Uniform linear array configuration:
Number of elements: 24
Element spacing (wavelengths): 0.25
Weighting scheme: cosine
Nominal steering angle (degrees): -60
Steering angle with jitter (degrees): -58.23
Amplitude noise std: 0.05
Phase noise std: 0.05

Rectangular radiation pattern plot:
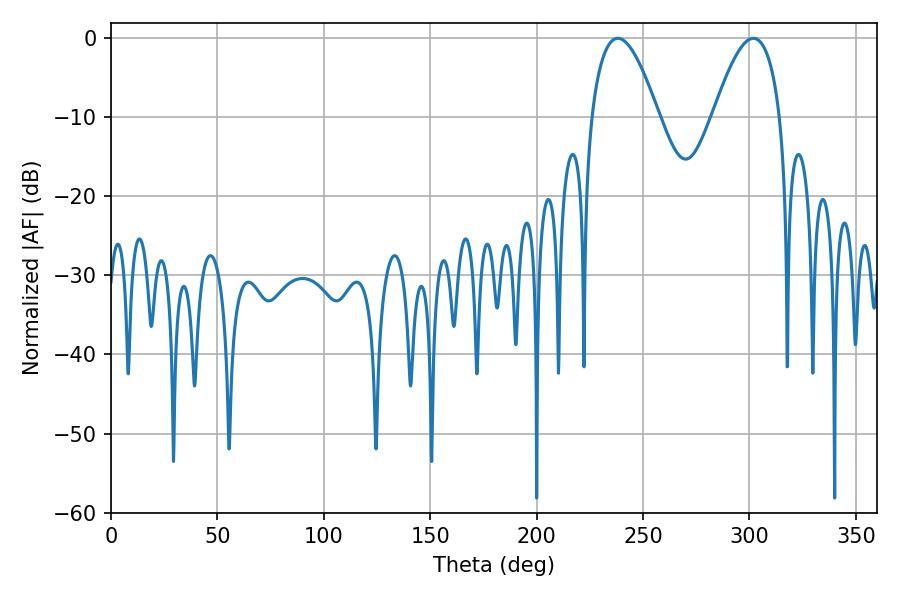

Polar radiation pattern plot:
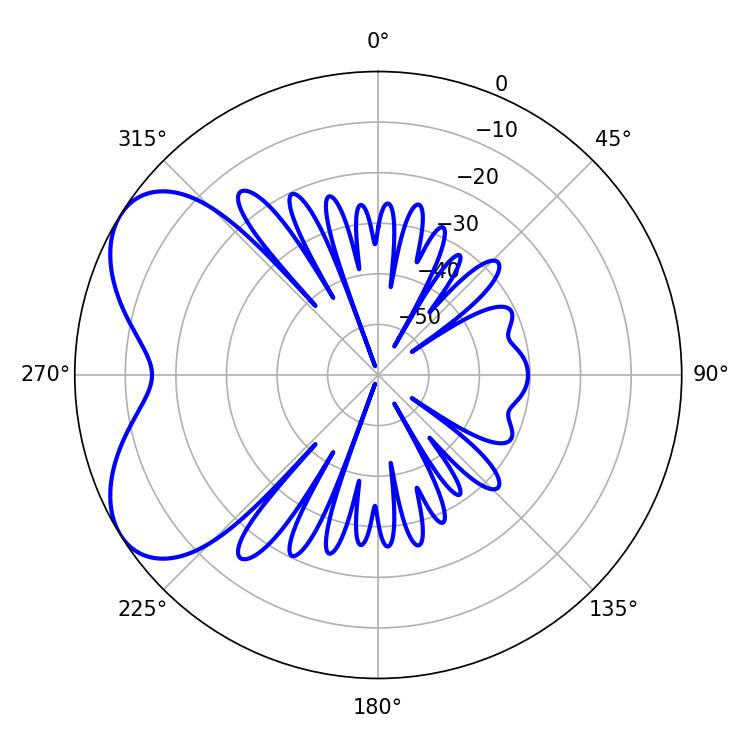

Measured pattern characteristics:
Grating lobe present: FALSE
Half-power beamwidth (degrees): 17.28
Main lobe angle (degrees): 238.14